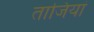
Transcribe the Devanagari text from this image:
ताजियां